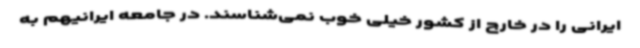
ایرانی را در خارج از کشور خیلی خوب نمی‌شناسند. در جامعه ایرانیهم به